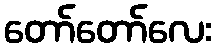
တော်တော်လေး